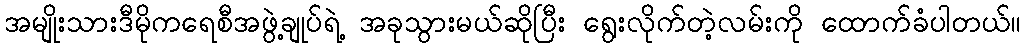
အမျိုးသားဒီမိုကရေစီအဖွဲ့ချုပ်ရဲ့ အခုသွားမယ်ဆိုပြီး ရွေးလိုက်တဲ့လမ်းကို ထောက်ခံပါတယ်။